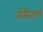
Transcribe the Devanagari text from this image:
ओम्रिकॉर्न